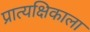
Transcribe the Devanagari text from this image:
प्रात्यक्षिकाला